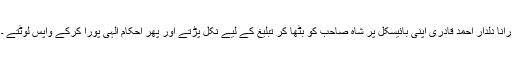
رانا دلدار احمد قادری اپنی بائیسکل پر شاہ صاحب کو بٹھا کر تبلیغ کے لیے نکل پڑتے اور پھر احکام الہی پورا کرکے واپس لوٹتے ۔